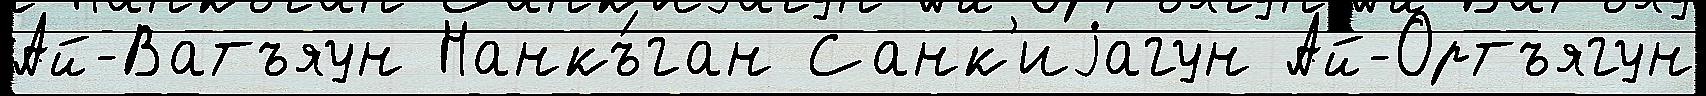
Ай-Ватъяун Нанкъ́ган Санк'иjагун Ай-Ортъягун